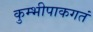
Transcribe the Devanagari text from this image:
कुम्भीपाकगतं